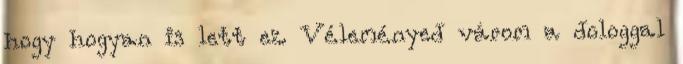
hogy hogyan is lett ez. Véleményed várom a dologgal